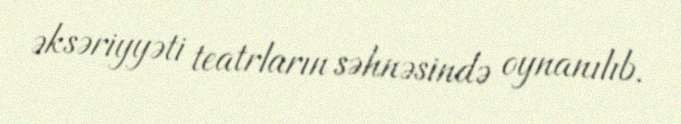
əksəriyyəti teatrların səhnəsində oynanılıb.